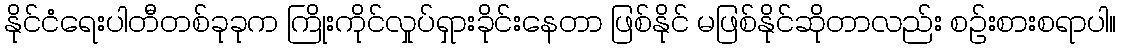
နိုင်ငံရေးပါတီတစ်ခုခုက ကြိုးကိုင်လှုပ်ရှားခိုင်းနေတာ ဖြစ်နိုင် မဖြစ်နိုင်ဆိုတာလည်း စဉ်းစားစရာပါ။